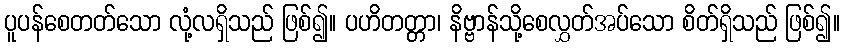
ပူပန်စေတတ်သော လုံ့လရှိသည် ဖြစ်၍။ ပဟိတတ္တာ၊ နိဗ္ဗာန်သို့စေလွှတ်အပ်သော စိတ်ရှိသည် ဖြစ်၍။